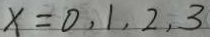
x = 0 , 1 , 2 , 3